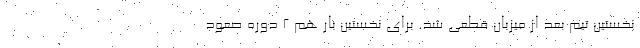
نخستین تیم بعد از میزبان قطعی شد. برای نخستین بار هم ۲ دوره صعود